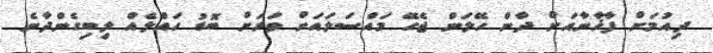
ދިއުމަށް ފާޚާނާއަށް ދާން ހޭލަން ޖެހޭ މައްސަލައަށް ވަރަށް ބޮޑު ހައްލެއް ލިބިގެންދާނެ